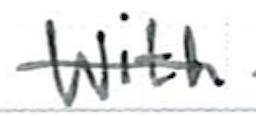
Text: with
Cross-out: single-line
Writing tool: ballpoint